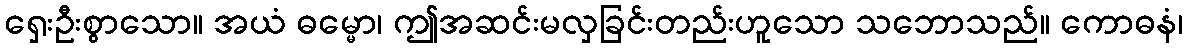
ရှေးဦးစွာသော။ အယံ ဓမ္မော၊ ဤအဆင်းမလှခြင်းတည်းဟူသော သဘောသည်။ ကောဓနံ၊